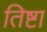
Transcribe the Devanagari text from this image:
तिष्टा